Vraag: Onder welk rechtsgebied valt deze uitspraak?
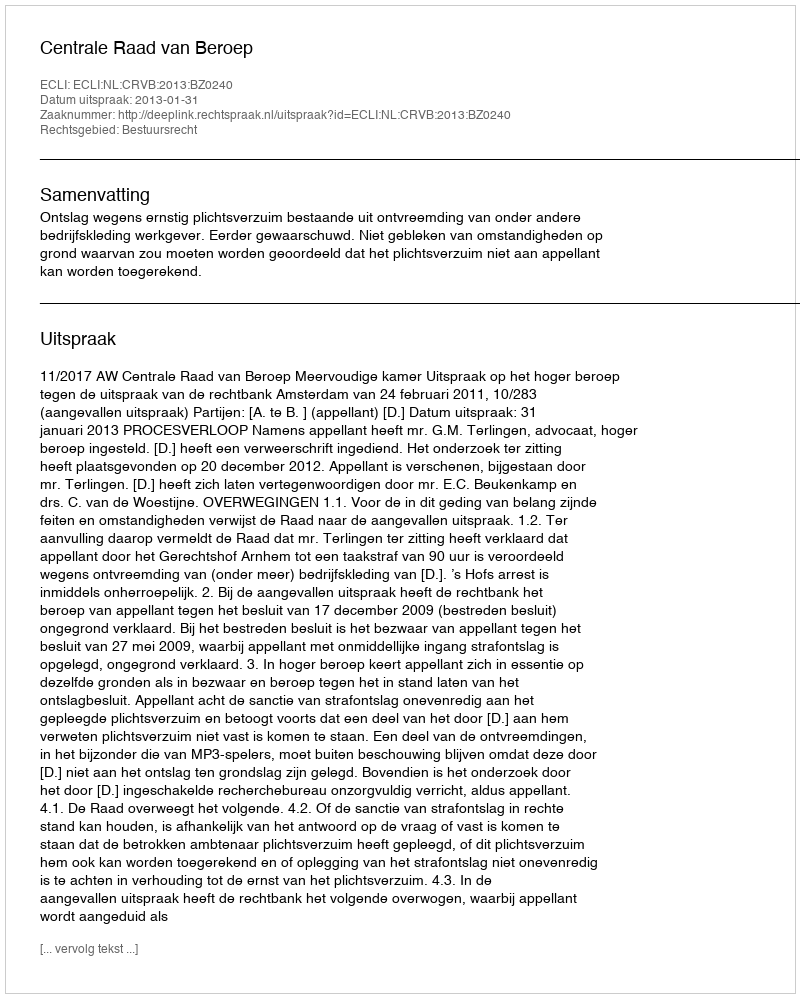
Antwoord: Bestuursrecht